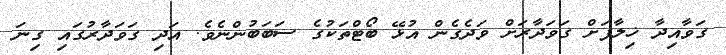
ގަވާއިދާ ޚިލާފަށް ގަވަދާރަށް ވަދެގެން އުޅޭ ބޯޓްތަކުގެ ސަބަބުންނެވެ. އަދި ގަވަދާރުގައި ގިނަ